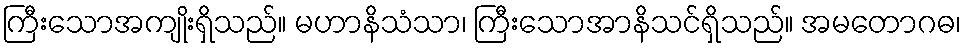
ကြီးသောအကျိုးရှိသည်။ မဟာနိသံသာ၊ ကြီးသောအာနိသင်ရှိသည်။ အမတောဂဓ၊